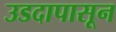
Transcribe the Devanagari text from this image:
उडदापासून